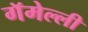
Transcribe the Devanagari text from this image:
गॅमेल्ली